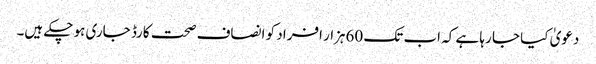
دعویٰ کیا جا رہا ہے کہ اب تک 60ہزار افراد کو انصاف صحت کارڈ جاری ہو چکے ہیں۔